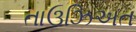
તાઉઝિઅત